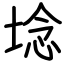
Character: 埝